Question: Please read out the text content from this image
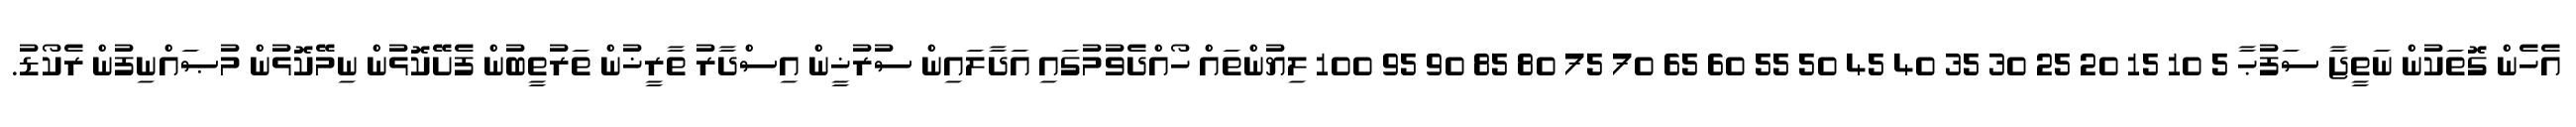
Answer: އެހެން ގޮތަކުން ނަތީޖާ ސަފުޙާ 5 10 15 20 25 30 35 40 45 50 55 60 65 70 75 80 85 90 95 100 ލިޔުންތައް ހޯއްދެވުމުގައި އަދާލައިން ސުރުޚީން އިސްދާރު ތާރީޚުން ތަރުތީބުން ފެށޭކޮޅުން ނިމޭކޮޅުން މުޞައްނިފުން ރެކޯޑު.